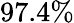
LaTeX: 97.4\%